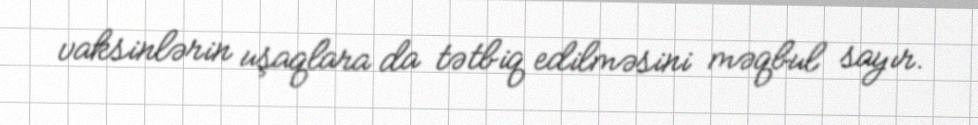
vaksinlərin uşaqlara da tətbiq edilməsini məqbul sayır.